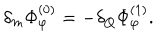
\delta _ { m } \Phi _ { \varphi } ^ { ( 0 ) } = - \delta _ { Q } \Phi _ { \varphi } ^ { ( 1 ) } .